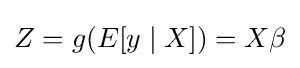
Z=g(E[y\mid X])=X\beta